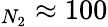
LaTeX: _{N_{2}}\approx 100